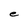
Character: e